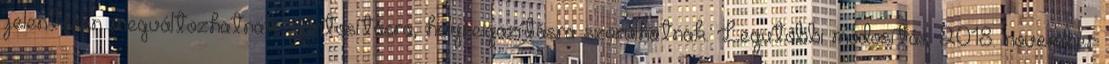
jelentősen megváltozhatnak, pontosításra, helyreigazításra szorulhatnak. Legutóbbi módosítás: 2018. november